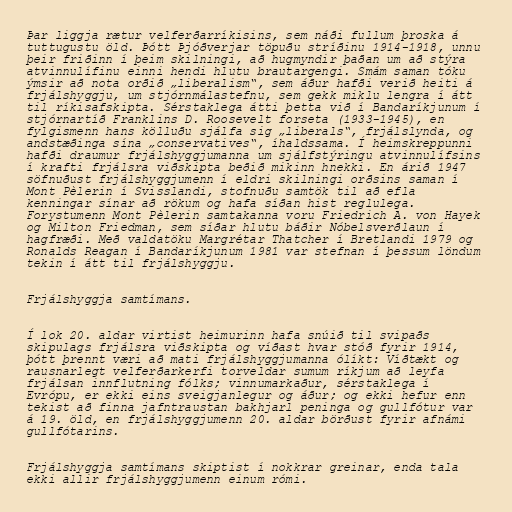
Þar liggja rætur velferðarríkisins, sem náði fullum þroska á
tuttugustu öld. Þótt Þjóðverjar töpuðu stríðinu 1914-1918, unnu
þeir friðinn í þeim skilningi, að hugmyndir þaðan um að stýra
atvinnulífinu einni hendi hlutu brautargengi. Smám saman tóku
ýmsir að nota orðið „liberalism“, sem áður hafði verið heiti á
frjálshyggju, um stjórnmálastefnu, sem gekk miklu lengra í átt
til ríkisafskipta. Sérstaklega átti þetta við í Bandaríkjunum í
stjórnartíð Franklins D. Roosevelt forseta (1933-1945), en
fylgismenn hans kölluðu sjálfa sig „liberals“, frjálslynda, og
andstæðinga sína „conservatives“, íhaldssama. Í heimskreppunni
hafði draumur frjálshyggjumanna um sjálfstýringu atvinnulífsins
í krafti frjálsra viðskipta beðið mikinn hnekki. En árið 1947
söfnuðust frjálshyggjumenn í eldri skilningi orðsins saman í
Mont Pèlerin í Svisslandi, stofnuðu samtök til að efla
kenningar sínar að rökum og hafa síðan hist reglulega.
Forystumenn Mont Pèlerin samtakanna voru Friedrich A. von Hayek
og Milton Friedman, sem síðar hlutu báðir Nóbelsverðlaun í
hagfræði. Með valdatöku Margrétar Thatcher í Bretlandi 1979 og
Ronalds Reagan í Bandaríkjunum 1981 var stefnan í þessum löndum
tekin í átt til frjálshyggju.

Frjálshyggja samtímans.

Í lok 20. aldar virtist heimurinn hafa snúið til svipaðs
skipulags frjálsra viðskipta og víðast hvar stóð fyrir 1914,
þótt þrennt væri að mati frjálshyggjumanna ólíkt: Víðtækt og
rausnarlegt velferðarkerfi torveldar sumum ríkjum að leyfa
frjálsan innflutning fólks; vinnumarkaður, sérstaklega í
Evrópu, er ekki eins sveigjanlegur og áður; og ekki hefur enn
tekist að finna jafntraustan bakhjarl peninga og gullfótur var
á 19. öld, en frjálshyggjumenn 20. aldar börðust fyrir afnámi
gullfótarins.

Frjálshyggja samtímans skiptist í nokkrar greinar, enda tala
ekki allir frjálshyggjumenn einum rómi.